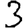
Digit: 3